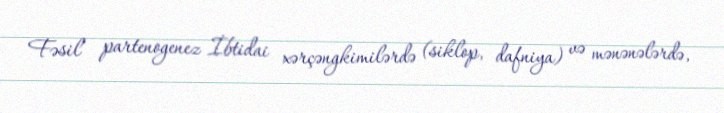
Fəsil partenogenez İbtidai xərçəngkimilərdə (siklop, dafniya) və mənənələrdə,